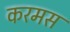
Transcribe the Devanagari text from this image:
करमस